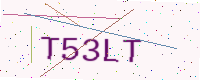
Text: T53LT